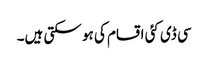
سی ڈی کئی اقسام کی ہو سکتی ہیں۔